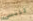
لننسى